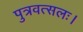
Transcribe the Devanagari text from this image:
पुत्रवत्सलः।